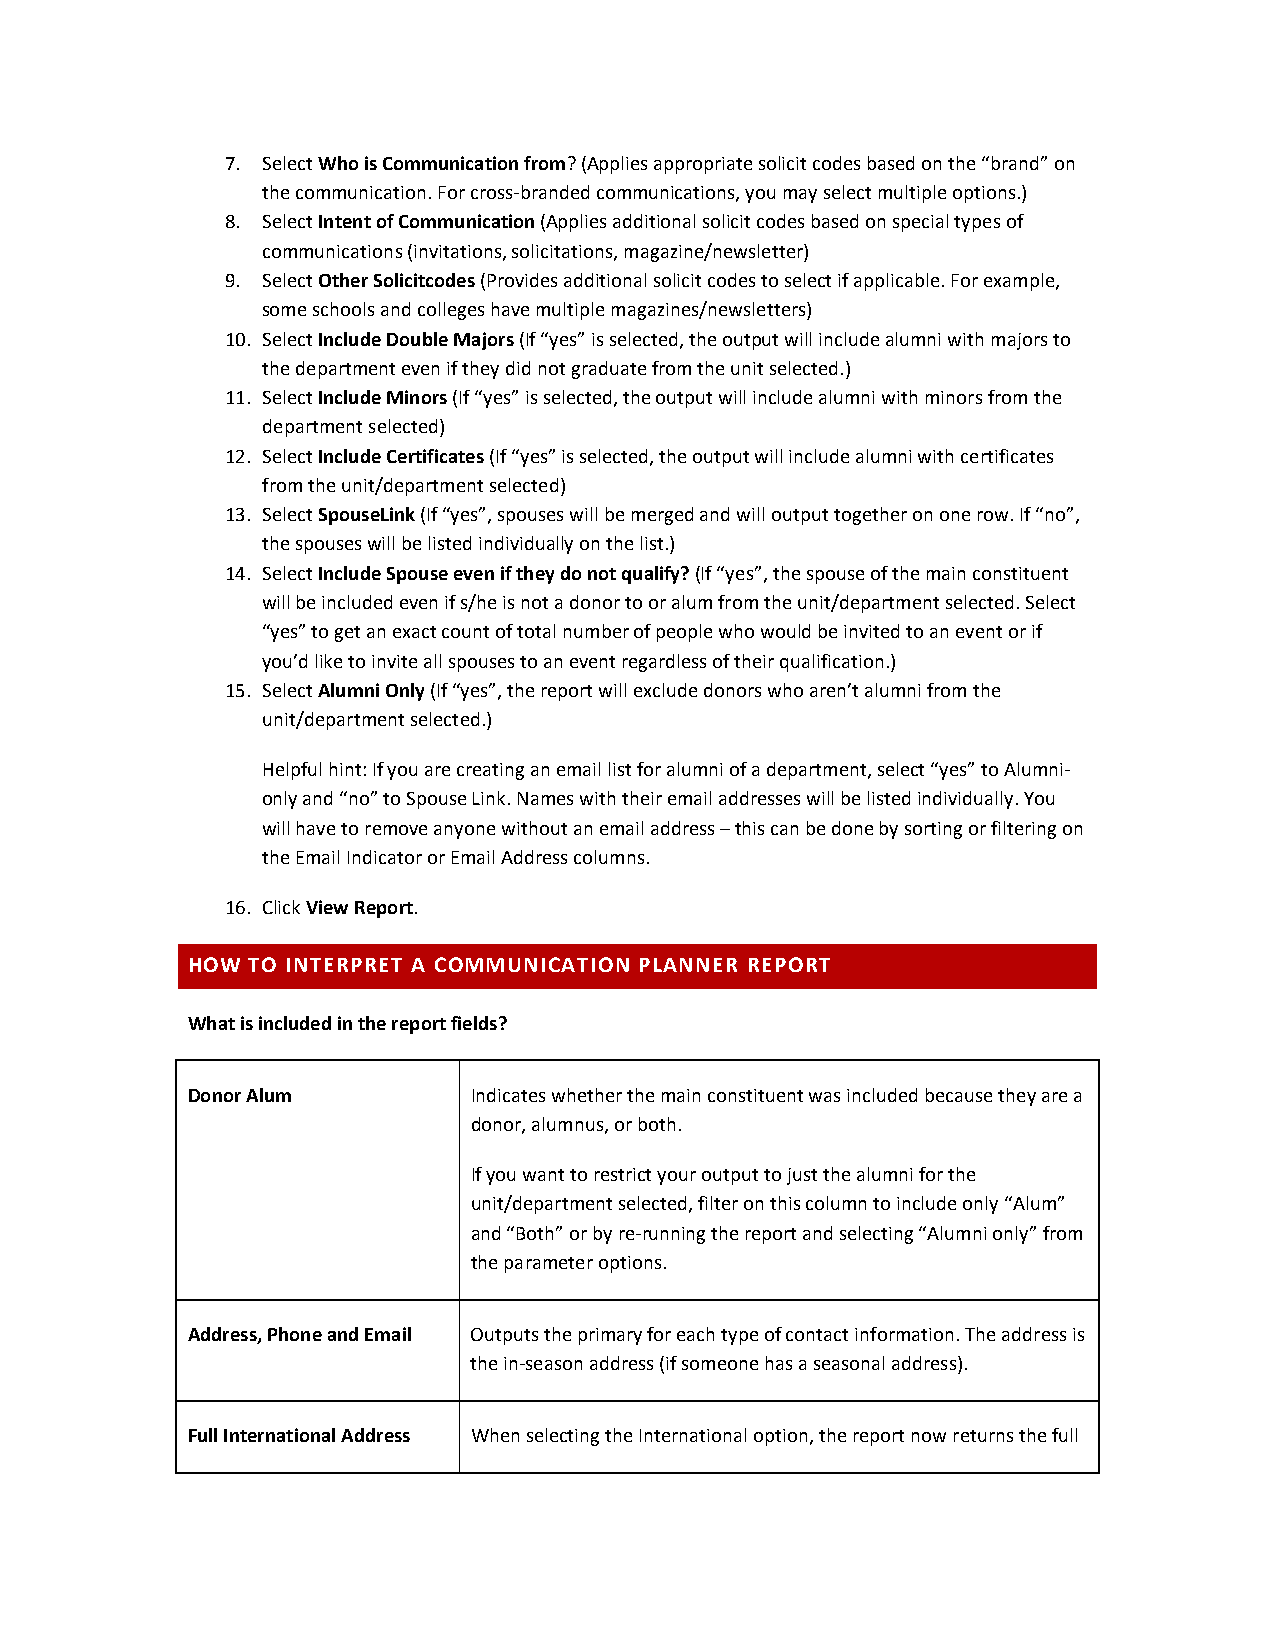
7. Select Who is Communication from? (Applies appropriate solicit codes based on the “brand” on
 the communication. For cross-branded communications, you may select multiple options.)
 8. Select Intent of Communication (Applies additional solicit codes based on special types of
 communications (invitations, solicitations, magazine/newsletter)
 9. Select Other Solicitcodes (Provides additional solicit codes to select if applicable. For example,
 some schools and colleges have multiple magazines/newsletters)
 10. Select Include Double Majors (If “yes” is selected, the output will include alumni with majors to
 the department even if they did not graduate from the unit selected.)
 11. Select Include Minors (If “yes” is selected, the output will include alumni with minors from the
 department selected)
 12. Select Include Certificates (If “yes” is selected, the output will include alumni with certificates
 from the unit/department selected)
 13. Select SpouseLink (If “yes”, spouses will be merged and will output together on one row. If “no”,
 the spouses will be listed individually on the list.)
 14. Select Include Spouse even if they do not qualify? (If “yes”, the spouse of the main constituent
 will be included even if s/he is not a donor to or alum from the unit/department selected. Select
 “yes” to get an exact count of total number of people who would be invited to an event or if
 you’d like to invite all spouses to an event regardless of their qualification.)
 15. Select Alumni Only (If “yes”, the report will exclude donors who aren’t alumni from the
 unit/department selected.)
 Helpful hint: If you are creating an email list for alumni of a department, select “yes” to Alumni-
 only and “no” to Spouse Link. Names with their email addresses will be listed individually. You
 will have to remove anyone without an email address – this can be done by sorting or filtering on
 the Email Indicator or Email Address columns.
 16. Click View Report.
 HOW  TO INTERPRET A COMMUNICATION PLANNER REPORT
 What is included in the report fields?
 Donor Alum         Indicates whether the main constituent was included because they are a
 donor, alumnus, or both.
 If you want to restrict your output to just the alumni for the
 unit/department selected, filter on this column to include only “Alum”
 and “Both” or by re-running the report and selecting “Alumni only” from
 the parameter options.
 Address, Phone and Email Outputs the primary for each type of contact information. The address is
 the in-season address (if someone has a seasonal address).
 Full International Address When selecting the International option, the report now returns the full